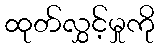
ထုတ်လွှင့်မှုကို